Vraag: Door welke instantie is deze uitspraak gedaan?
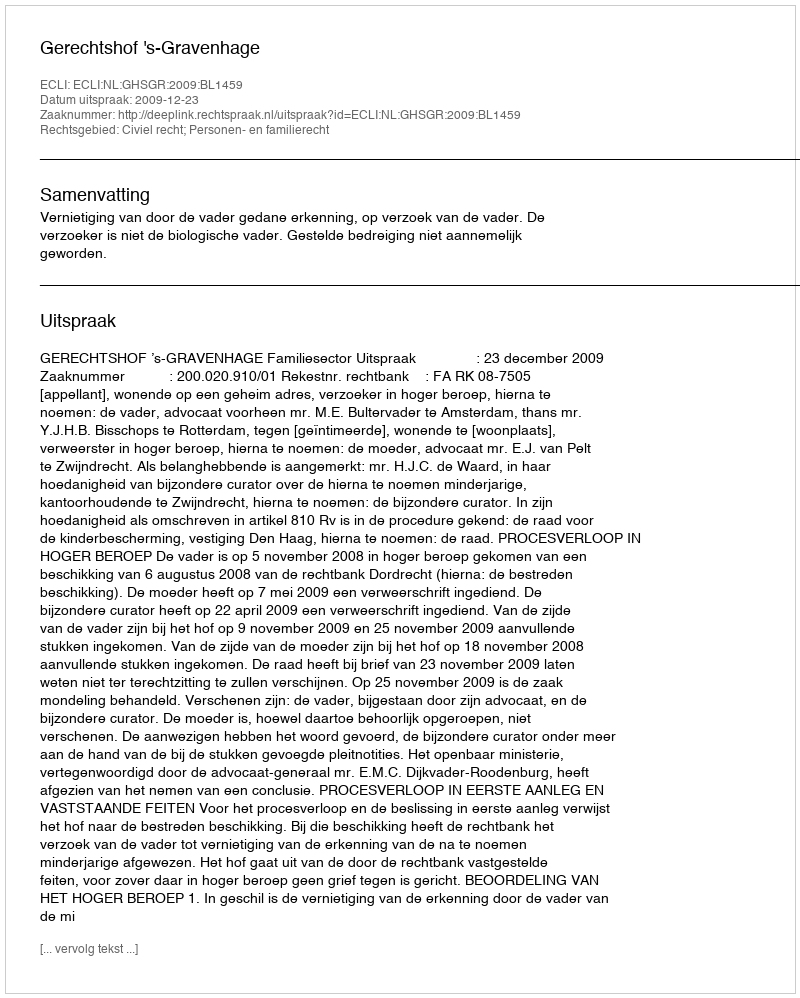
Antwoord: Gerechtshof 's-Gravenhage